Indian journal of veterinary science and animal husbandry - Volumes 22-23, 1952-1953
Year: 1952
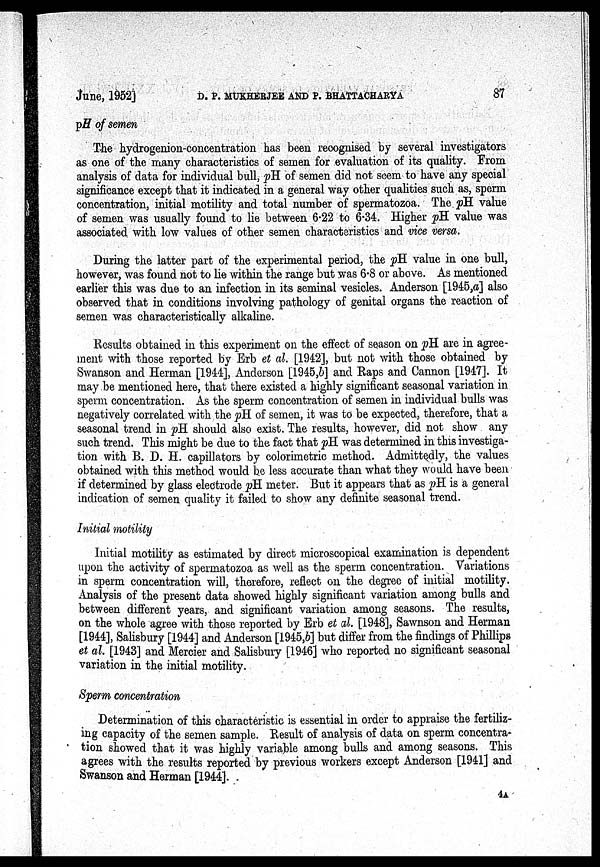
June, 1952] D. P. MUKHERJEE AND P.BHATTACHARYA 87
pH of semen
The hydrogenion-concentration has been recognised by several investigators
as one of the many characteristics of semen for evaluation of its quality. From
analysis of data for individual bull, pH of semen did not seem to have any special
significance except that it indicated in a general way other qualities such as, sperm
concentration, initial motility and total number of spermatozoa. The pH value
of semen was usually found to lie between 6.22 to 6.34. Higher pH value was
associated with low values of other semen characteristics and vice versa.
During the latter part of the experimental period, the pH value in one bull,
however, was found not to lie within the range but was 6.8 or above. As mentioned
earlier this was due to an infection in its seminal vesicles. Anderson [1945,a] also
observed that in conditions involving pathology of genital organs the reaction of
semen was characteristically alkaline.
Results obtained in this experiment on the effect of season on pH are in agree-
ment with those reported by Erb et al. [1942], but not with those obtained by
Swanson and Herman [1944], Anderson [1945,b] and Raps and Cannon [1947]. It
may be mentioned here, that there existed a highly significant seasonal variation in
sperm concentration. As the sperm concentration of semen in individual bulls was
negatively correlated with the pH of semen, it was to be expected, therefore, that a
seasonal trend in pH should also exist. The results, however, did not show any
such trend. This might be due to the fact that pH was determined in this investiga-
tion with B. D. H. capillators by colorimetric method. Admittedly, the values
obtained with this method would be less accurate than what they would have been
if determined by glass electrode pH meter. But it appears that as pH is a general
indication of semen quality it failed to show any definite seasonal trend.
Initial motility
Initial motility as estimated by direct microscopical examination is dependent
upon the activity of spermatozoa as well as the sperm concentration. Variations
in sperm concentration will, therefore, reflect on the degree of initial motility.
Analysis of the present data showed highly significant variation among bulls and
between different years, and significant variation among seasons. The results,
on the whole agree with those reported by Erb et al. [1948], Sawnson and Herman
[1944], Salisbury [1944] and Anderson [1945,b] but differ from the findings of Phillips
et al. [1943] and Mercier and Salisbury [1946] who reported no significant seasonal
variation in the initial motility.
Sperm concentration
Determination of this characteristic is essential in order to appraise the fertiliz-
ing capacity of the semen sample. Result of analysis of data on sperm concentra-
tion showed that it was highly variable among bulls and among seasons. This
agrees with the results reported by previous workers except Anderson [1941] and
Swanson and Herman [1944].
4A